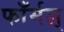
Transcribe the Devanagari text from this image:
फाँर्मल्